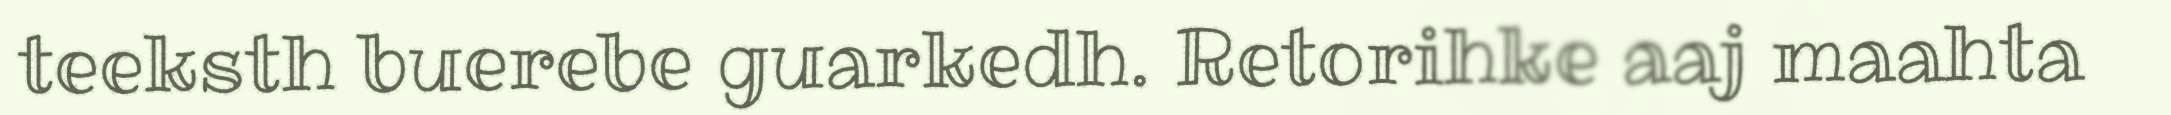
teeksth buerebe guarkedh. Retorihke aaj maahta